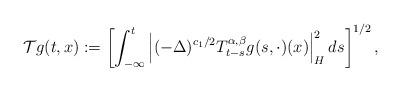
LaTeX: \begin{align*}\mathcal{T}g(t,x)&:=\left[\int_{-\infty}^{t}\left| (-\Delta)^{{c_1}/2}T_{t-s}^{\alpha,\beta}g(s,\cdot)(x)\right| _{H}^{2}ds\right]^{1/2},\end{align*}